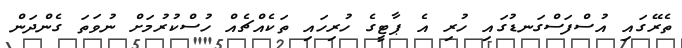
ތެރޭގައި އުސްފަސްގަނޑުގައި ހުރި އެ ޕާޓީގެ ހުރިހައި ތަކެއްޗެއް ހުސްކުރުމަށް ނުވަތަ ގެންދަން